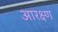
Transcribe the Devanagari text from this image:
आरक्ष्ण